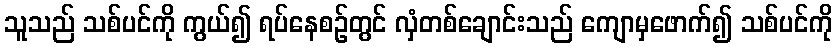
သူသည် သစ်ပင်ကို ကွယ်၍ ရပ်နေစဉ်တွင် လှံတစ်ချောင်းသည် ကျောမှဖောက်၍ သစ်ပင်ကို